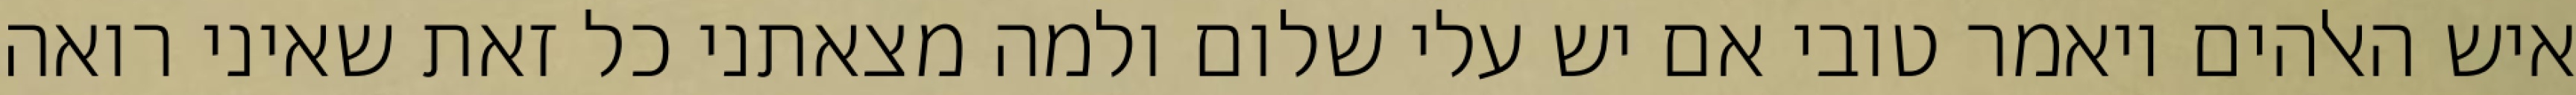
איש האלהים ויאמר טובי אם יש עלי שלום ולמה מצאתני כל זאת שאיני רואה